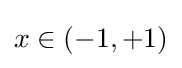
x\in (-1,+1)